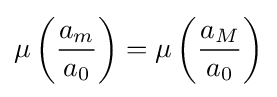
\mu \left({\frac {a_{m}}{a_{0}}}\right)=\mu \left({\frac {a_{M}}{a_{0}}}\right)